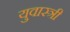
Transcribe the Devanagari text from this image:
युवास्त्री